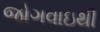
જોગવાઇથી